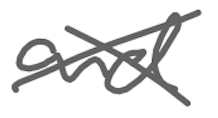
Text: and
Cross-out: cross
Writing tool: digital_gray